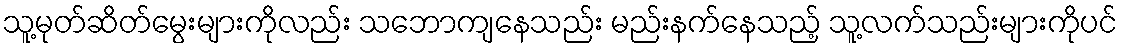
သူ့မုတ်ဆိတ်မွေးများကိုလည်း သဘောကျနေသည်း မည်းနက်နေသည့် သူ့လက်သည်းများကိုပင်